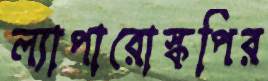
ল্যাপারোস্কপির